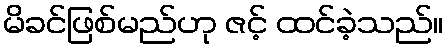
မိခင်ဖြစ်မည်ဟု ဇင့် ထင်ခဲ့သည်။